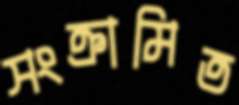
সংক্রামিত